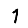
Digit: 1